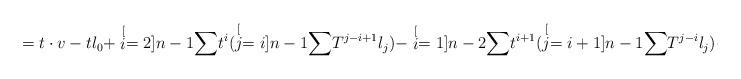
LaTeX: \begin{align*}=t\cdot v-tl_{0}+\stackrel[i=2]{n-1}{\sum}t^{i}(\stackrel[j=i]{n-1}{\sum}T^{j-i+1}l_{j})-\stackrel[i=1]{n-2}{\sum}t^{i+1}(\stackrel[j=i+1]{n-1}{\sum}T^{j-i}l_{j})-\stackrel[i=1]{n-2}{\sum}t^{i+1}l_{i}=\end{align*}